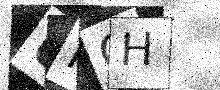
Text: UFOH